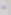
له